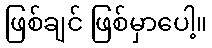
ဖြစ်ချင် ဖြစ်မှာပေါ့။